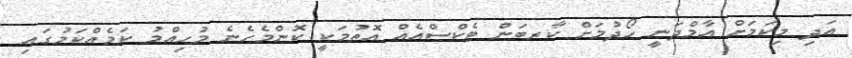
އަދި މިކަމަށް އާމްދަނީ ހޯދުމަށް ކާރބަން ޓެކްސްއެއް އޮތުމަކީ ކޮންމެހެނެ މުހިއްމު ކަމެއްކަމުގައި